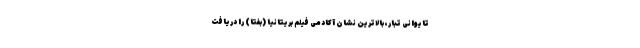
تایوانی تبار، بالاترین نشان آکادمی فیلم بریتانیا (بفتا) را دریافت